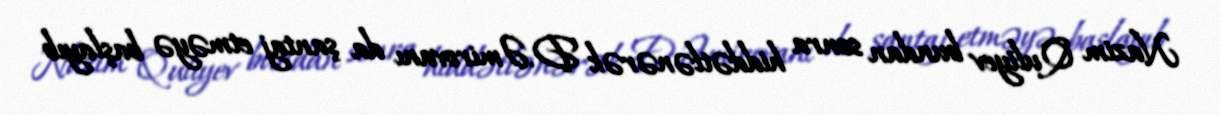
Nazim Quliyev bundan sonra hiddətlənərək D.Əmirovanı da şantaj etməyə başlayıb